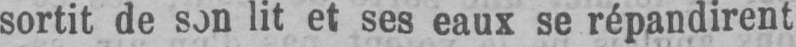
sortit de son lit et ses eaux se répandirent